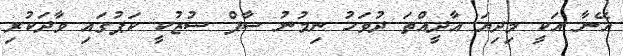
އޭނާ އަކީ މިދިޔަ އާދީއްތަ ދުވަހު ނިމުނު ސާފް ސުޒުކީ ކަޕުގައި ވާދަކުރި